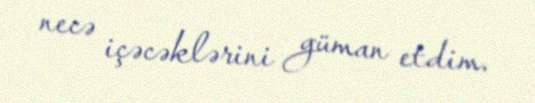
necə içəcəklərini güman etdim.